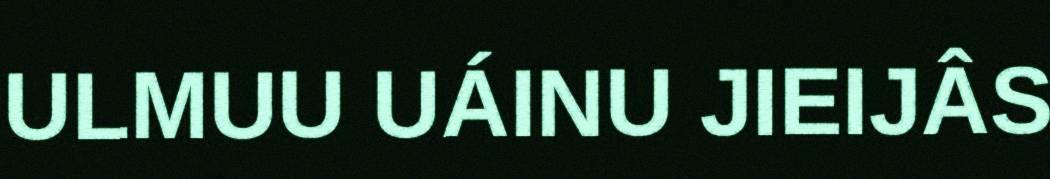
ULMUU UÁINU JIEIJÂS